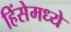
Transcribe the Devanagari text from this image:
हिंसेमध्ये